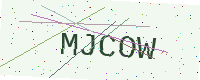
Text: MJCOW